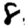
Digit: 8